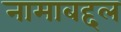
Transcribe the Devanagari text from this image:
नामाबद्दल